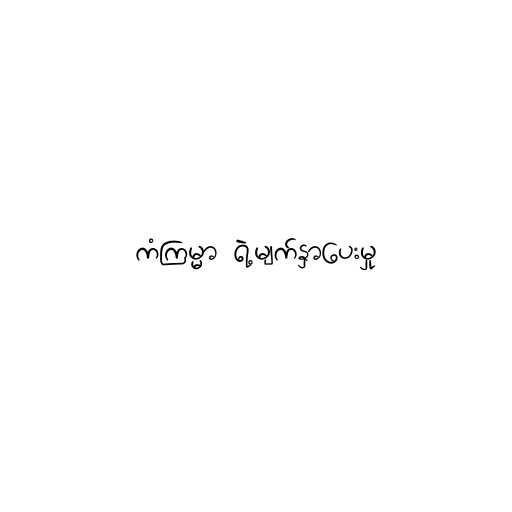
ကံကြမ္မာ ရဲ့မျက်နှာပေးမှု